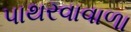
પાથરવાવાળા